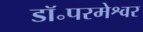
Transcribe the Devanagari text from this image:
डॉ॰परमेश्वर